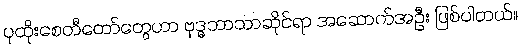
ပုထိုးစေတီတော်တွေဟာ ဗုဒ္ဓဘာသာဆိုင်ရာ အဆောက်အဦး ဖြစ်ပါတယ်။